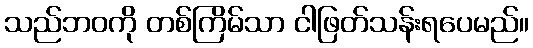
သည်ဘဝကို တစ်ကြိမ်သာ ငါဖြတ်သန်းရပေမည်။